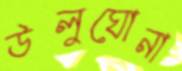
উলুঘোনা